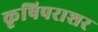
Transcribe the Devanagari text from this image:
कृषिपराशर